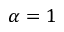
\alpha = 1